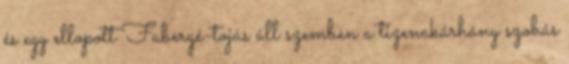
és egy ellopott Fabergé-tojás áll szemben a tizenakárhány szobás